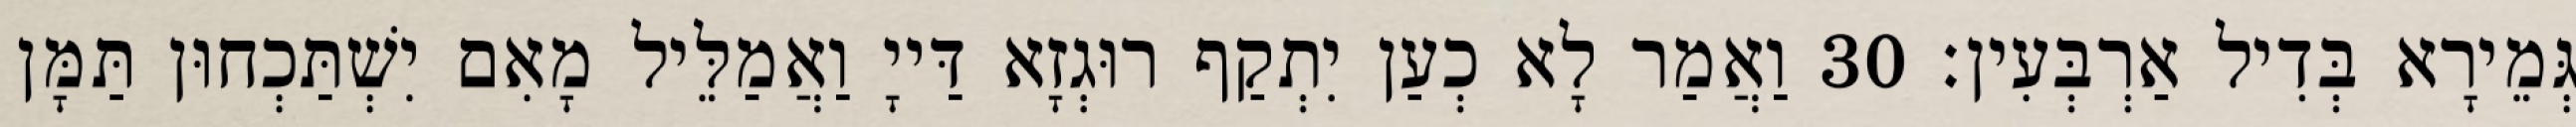
גְּמֵירָא בְּדִיל אַרְבְּעִין׃ 30 וַאֲמַר לָא כְעַן יִתְקַף רוּגְזָא דַּייָ וַאֲמַלֵּיל מָאִם יִשְׁתַּכְחוּן תַּמָּן